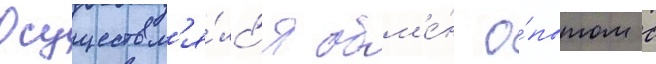
Осуществл'я́лс'я обм'е́н о́пытом с